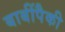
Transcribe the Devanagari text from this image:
बाबींपैकी